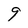
Character: 9